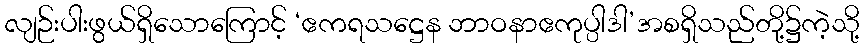
လျဉ်းပါးဖွယ်ရှိသောကြောင့် ‘ဧကရသဋ္ဌေန ဘာဝနာဧကုပ္ပါဒါ’အစရှိသည်တို့၌ကဲ့သို့